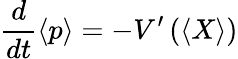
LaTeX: {\frac{d}{dt}}\langle p\rangle=-V^{\prime}\left(\left\langle X\right\rangle\right)